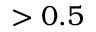
> 0 . 5